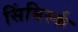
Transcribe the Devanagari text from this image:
सिंबिर्स्क